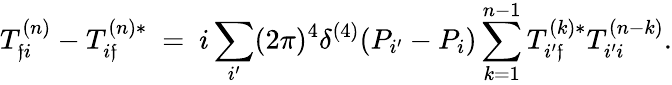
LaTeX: T_{\mathfrak{f}i}^{(n)}-T_{i\mathfrak{f}}^{(n)*}\ =\ i\sum_{i^{\prime}}(2\pi)^{4}\delta^{(4)}(P_{i^{\prime}}-P_{i})\sum_{k=1}^{n-1}T_{i^{\prime}\mathfrak{f}}^{(k)*}T_{i^{\prime}i}^{(n-k)}.